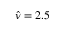
\hat { \nu } = 2 . 5